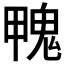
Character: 𩲣